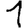
Digit: 1